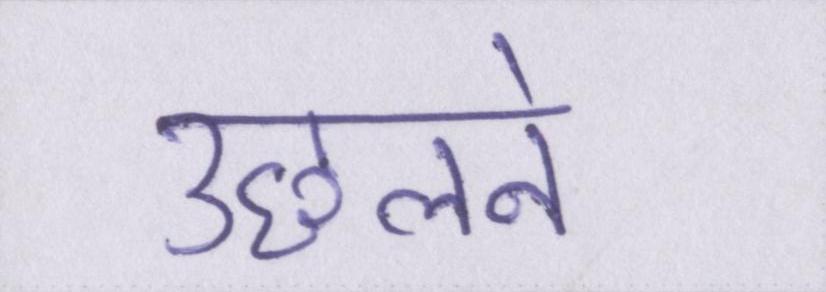
उछलने